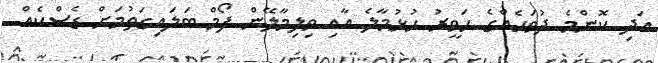
އަދި ކޮންމެ ދުވަހެއްގެ ހަވީރު ހުޅުމާލެ އާއި ވިލިމާލޭން ފޯމް ބަލައިގަތުމަށް ޑެސްކެއް